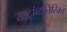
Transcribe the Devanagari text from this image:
राष्ट्रांव्यतिरिक्त